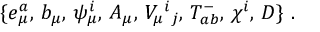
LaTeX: \{ e _ { \mu } ^ { a } , \, b _ { \mu } , \, \psi _ { \mu } ^ { i } , \, A _ { \mu } , \, { \cal V } _ { \mu } { } ^ { i } { } _ { j } , \, T _ { a b } ^ { - } , \, \chi ^ { i } , \, D \} \ .